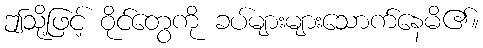
ဤသို့ဖြင့် ဝိုင်တွေကို ခပ်များများသောက်နေမိ၏။